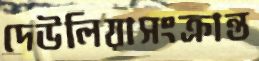
দেউলিয়াসংক্রান্ত